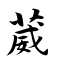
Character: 葳